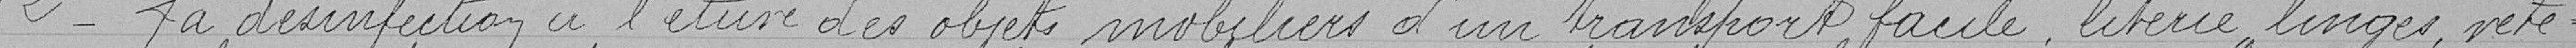
2°- La désinfection à l'étuve des objets mobiliers d'un transport facile, literie, linges, vête